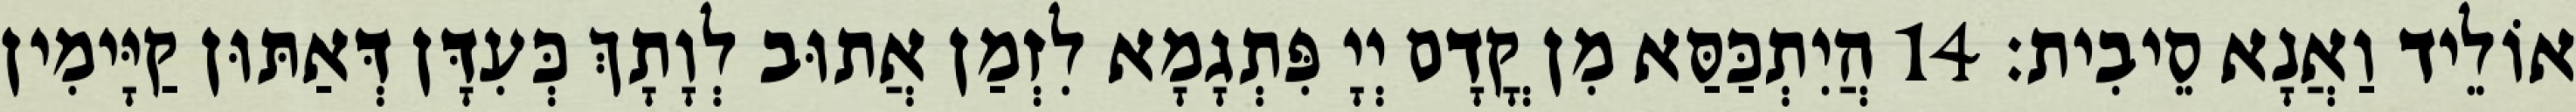
אוֹלֵיד וַאֲנָא סֵיבִית׃ 14 הֲיִתְכַּסַּא מִן קֳדָם יְיָ פִּתְגָמָא לִזְמַן אֲתוּב לְוָתָךְ כְּעִדָּן דְּאַתּוּן קַיָּימִין